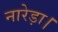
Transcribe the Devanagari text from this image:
नारेड़ा।